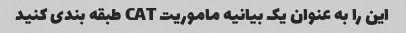
این را به عنوان یک بیانیه ماموریت CAT طبقه بندی کنید